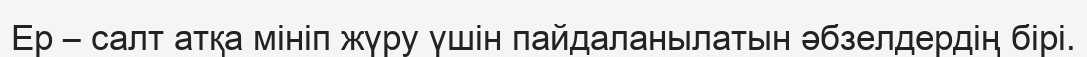
Ер – салт атқа мініп жүру үшін пайдаланылатын әбзелдердің бірі.